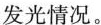
发光情况。